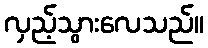
လှည့်သွားလေသည်။